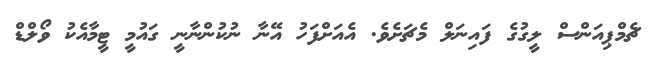
ޗެމްޕިއަންސް ލީގުގެ ފައިނަލް މެޗަށެވެ. އެއަށްފަހު އޭނާ ނުކުންނާނީ ގައުމީ ޓީމާއެކު ވޯލްޑް